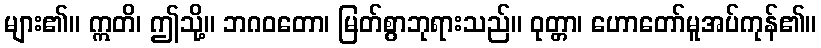
များ၏။ ဣတိ၊ ဤသို့။ ဘဂဝတော၊ မြတ်စွာဘုရားသည်။ ဝုတ္တာ၊ ဟောတော်မူအပ်ကုန်၏။